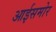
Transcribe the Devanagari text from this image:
आईसमोर